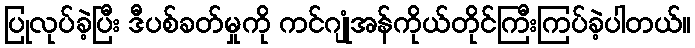
ပြုလုပ်ခဲ့ပြီး ဒီပစ်ခတ်မှုကို ကင်ဂျုံအန်ကိုယ်တိုင်ကြီးကြပ်ခဲ့ပါတယ်။